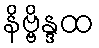
နိဗ္ဗိန္ဒထ